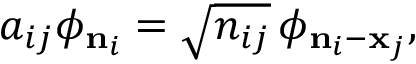
a _ { i j } \phi _ { { \bf n } _ { i } } = \sqrt { n _ { i j } } \, \phi _ { { \bf n } _ { i } - { \bf x } _ { j } } ,